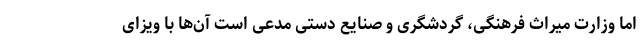
اما وزارت میراث فرهنگی، گردشگری و صنایع دستی مدعی است آن‌ها با ویزای